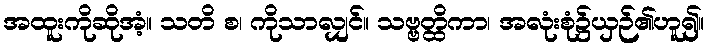
အထူးကိုဆိုအံ့။ သတိ စ၊ ကိုသာလျှင်။ သဗ္ဗတ္ထိကာ၊ အလုံးစုံ၌ယှဉ်၏ဟူ၍။